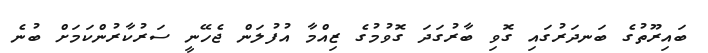
ބައިރޫތުގެ ބަނދަރުގައި ގޮވި ބާރުގަދަ ގޮވުމުގެ ޒިއްމާ އުފުލަން ޖެހޭނީ ސަރުކާރުންކަމަށް ބުނެ